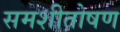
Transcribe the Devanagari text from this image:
समशीतोषण